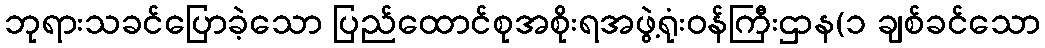
ဘုရားသခင်ပြောခဲ့သော ပြည်ထောင်စုအစိုးရအဖွဲ့ရုံးဝန်ကြီးဌာန(၁ ချစ်ခင်သော